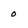
Character: 0